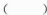
( )